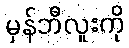
မှန်ဘီလူးကို